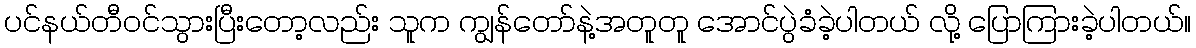
ပင်နယ်တီဝင်သွားပြီးတော့လည်း သူက ကျွန်တော်နဲ့အတူတူ အောင်ပွဲခံခဲ့ပါတယ် လို့ ပြောကြားခဲ့ပါတယ်။